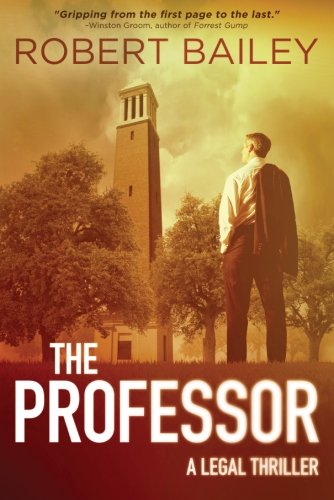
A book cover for The Professor (McMurtrie and Drake Legal Thrillers); Robert Bailey; Mystery, Thriller & Suspense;